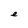
Character: e